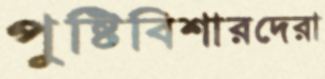
পুষ্টিবিশারদেরা